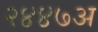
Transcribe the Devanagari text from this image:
२४४७अ